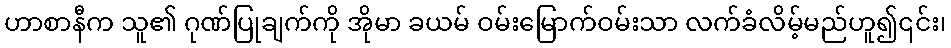
ဟာစာနီက သူ၏ ဂုဏ်ပြုချက်ကို အိုမာ ခယမ် ဝမ်းမြောက်ဝမ်းသာ လက်ခံလိမ့်မည်ဟူ၍၎င်း၊